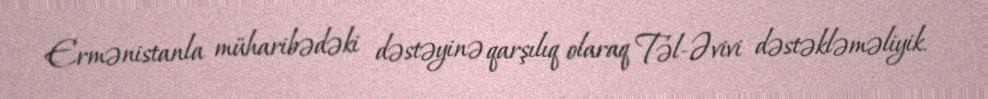
Ermənistanla müharibədəki dəstəyinə qarşılıq olaraq Təl-Əvivi dəstəkləməliyik.